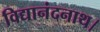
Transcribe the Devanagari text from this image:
विद्यानंदनाथ।